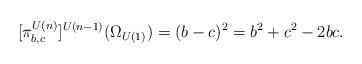
LaTeX: \begin{align*} [\pi^{U(n)}_{b,c}]^{U(n-1)}(\Omega_{U(1)}) = (b-c)^2 = b^2 + c^2 - 2bc.\end{align*}